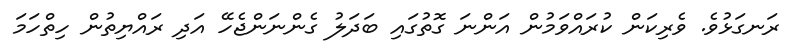
ރަނގަޅުވެ. ވެރިކަން ކުރައްވަމުން އަންނަ ގޮތުގައި ބަދަލު ގެންނަންޖެހޭ އަދި ރައްޔިތުން ހިތްހަމަ